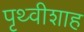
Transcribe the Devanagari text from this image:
पृथ्वीशाह